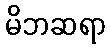
မိဘဆရာ